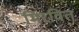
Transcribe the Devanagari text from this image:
मिरवित